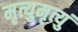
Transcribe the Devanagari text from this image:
मृत्युमृत्युं